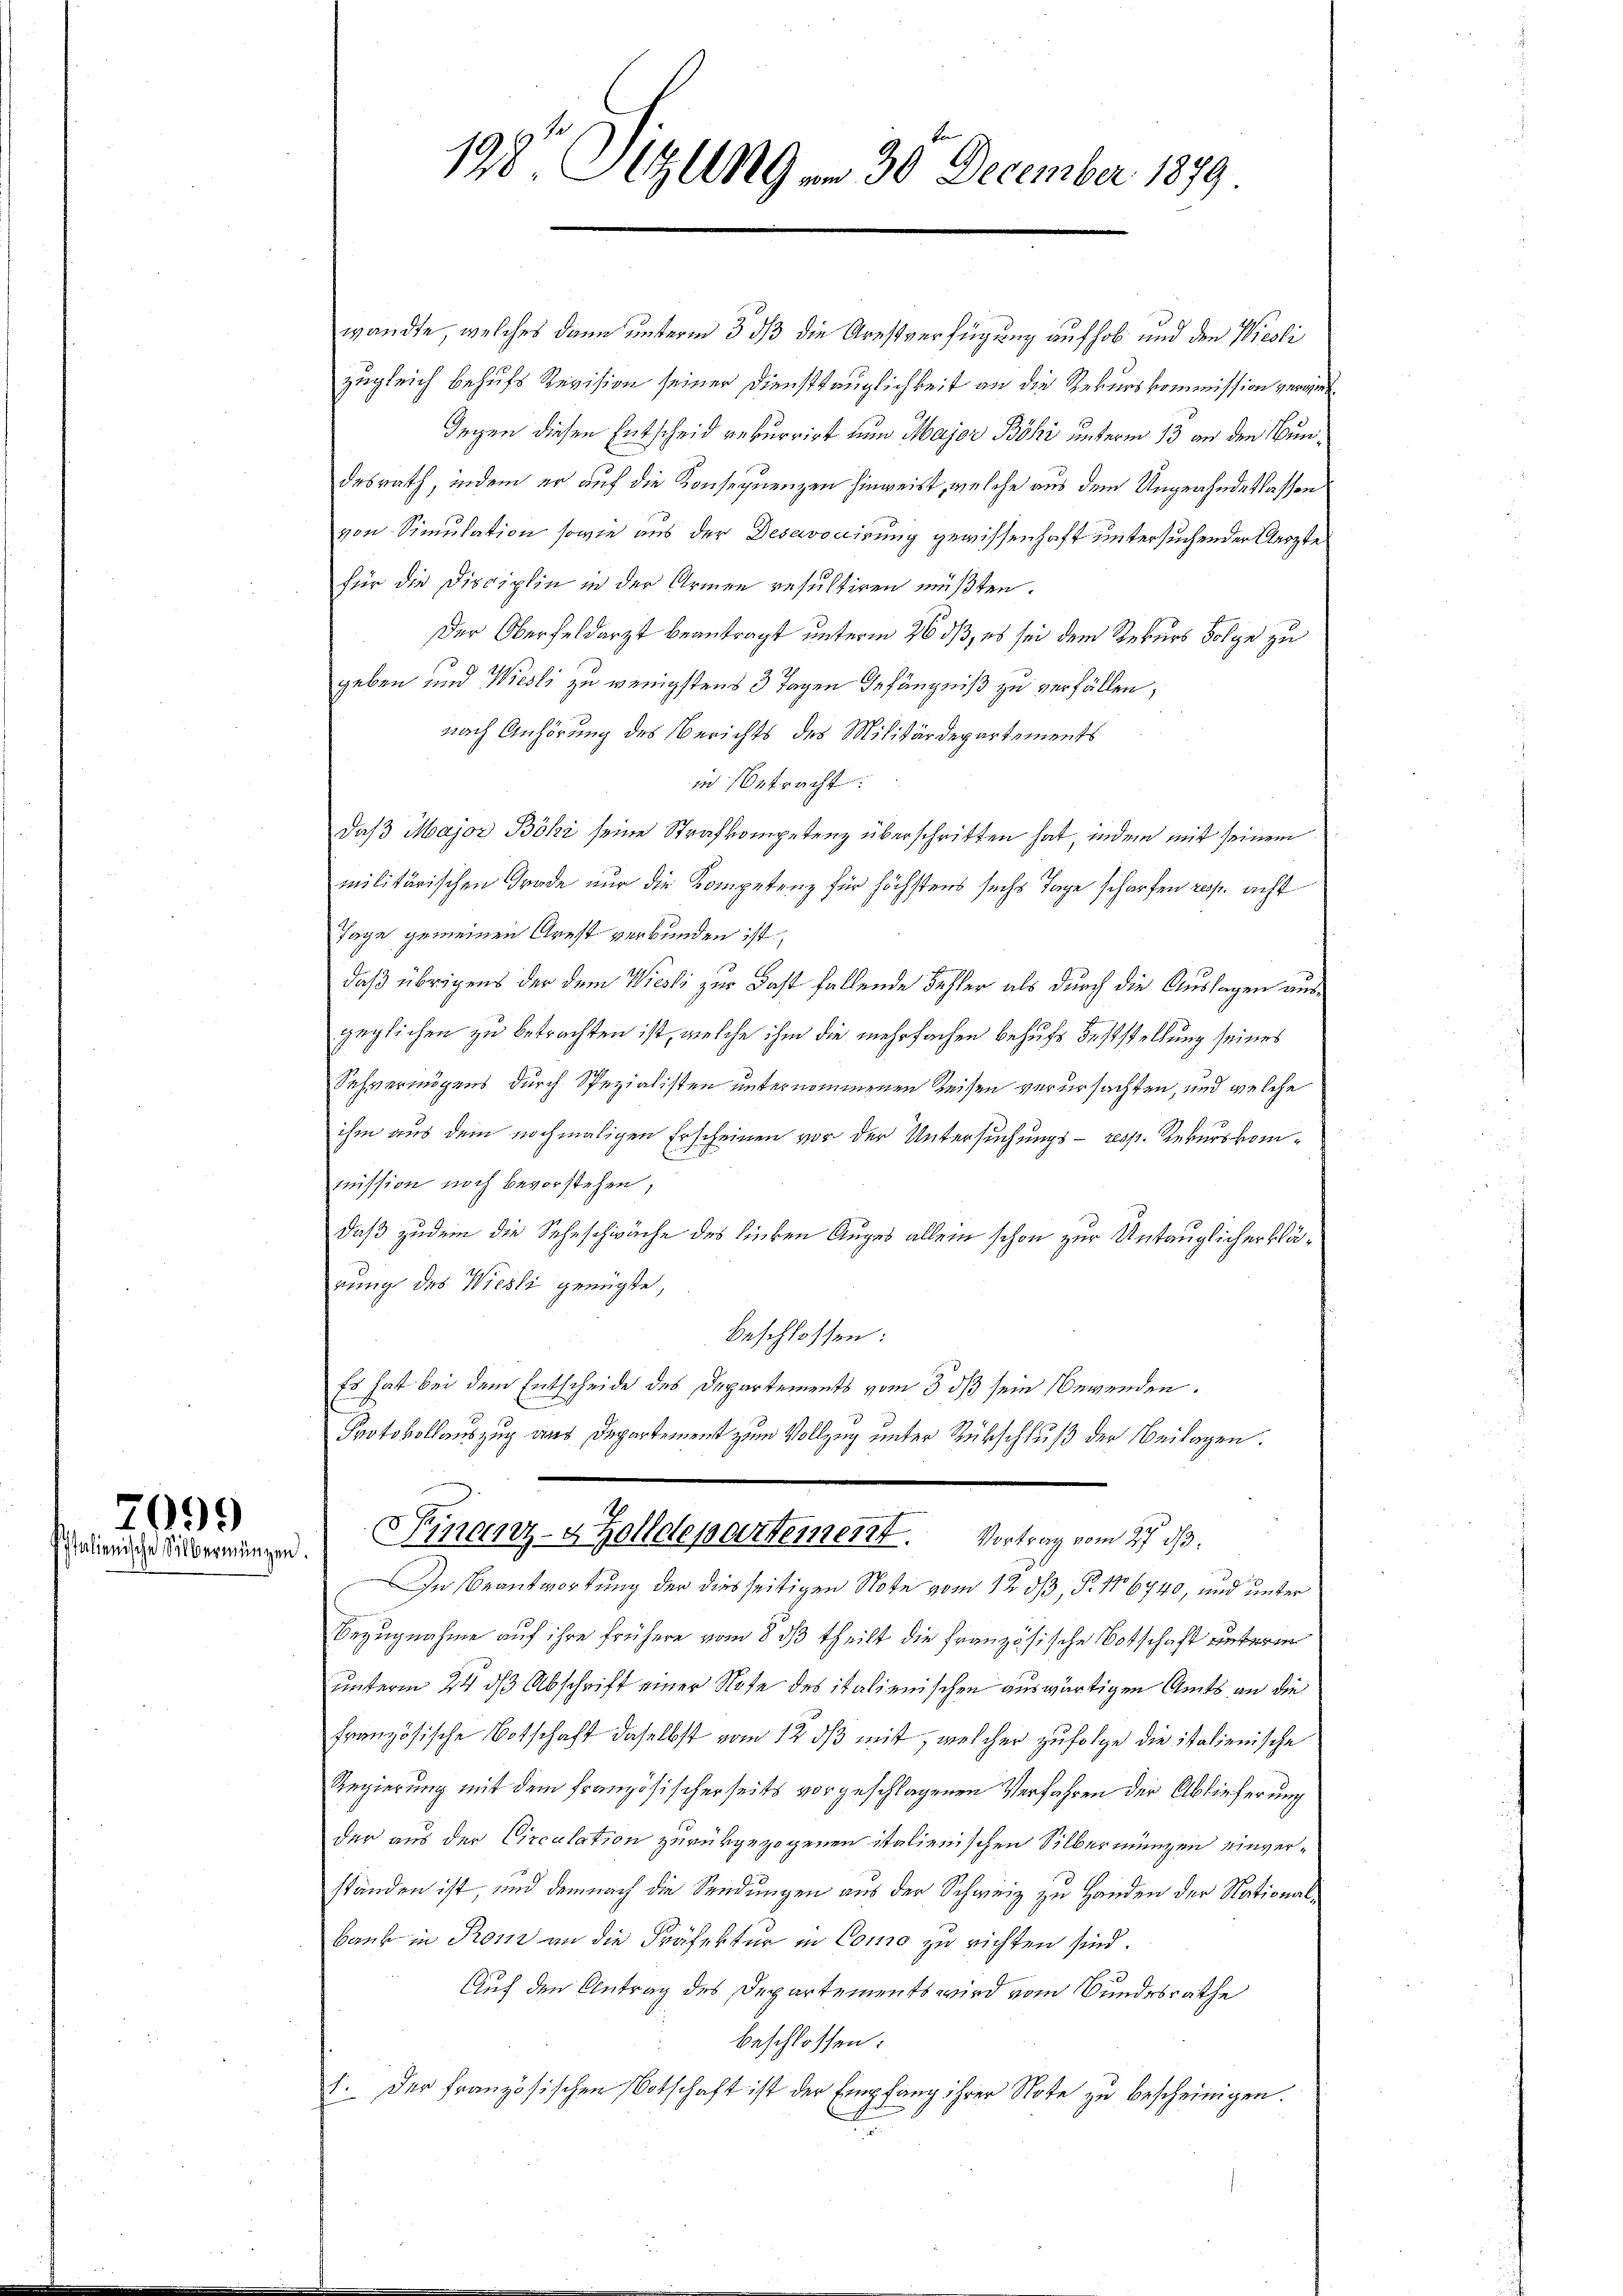
7099
Italienische Silbermängen.

198 Pizlm9 am 30. December 1879

wandte, welches dann unterm 3 dß die Arestverfügung auf hob und den Wiesli
zugleich behufs Revision seiner Diensttauglichkeit an die Rekurskommission verwie¬
Gegen diesen Entscheid rekurrirt zum Major Böhi unterm 13 an den Bundesrath, indem er auf die Konsequenzen hinweist, welche aus dem Ungeahndetlassen
von Simulation sowie aus der Desavocirung gewissenhaft untersuchender Aerzte
für die Disciplin in der Armen resultiren müßten.
Der Oberfeldarzt beantragt unterm 26. ds, es sei dem Rekurs Folge zu
geben und Wiesli zu wenigstens 3 Tagen Gefängniß zu verfällen,
nach Anhörung des Berichts des Militärdepartements
in betracht:
daß Major Böhi seine Strafkompetenz überschritten hat, indem mit seinem
militärischen Grade nur die Kompetenz für höchstens sechs Tage scharfen resp. acht
Tage gemeinen Arnst verbunden ist,
daß übrigens der dem Wiesli zur Fast fallende Fehler als durch die Auslagen ausgeglichen zu betrachten ist, welche ihm die mehrfachen behufs Feststellung seines
Schvermögens durch Spezialisten unternommenen Reisen verursachten, und welche
ihm aus dem nochmaligen Erscheinen vor der Untersuchungs- resp. Rekurskommission noch bevorstehen,
daß zudem die Sehnschwäche des linken Auges allein schon zur Untauglicher klärung des Wiesli genügte,
beschlossen:
Es hat bei dem Entscheide des Departements vom 3. ds sein Bewenden.
Protokollauszug aus Departement zum Vollzug unter Rückschluß der Beilagen.
n
Finanz- & Zolldepartement. Vortrag vom 27. ds.
In Beantwortung der dies seitigen Note vom 12 dß, P. No 6740, und unter
Bezugnahme auf ihre frühere vom 8. dß theilt die französische Botschaft unterm
unterm 24. ds Abschrift einer Note des italienischen auswärtigen Amts an die
französische Botschaft daselbst vom 12 ds mit, welcher zufolge die italienische
Regierung mit dem französischerseits vorgeschlagenen Verfahren der Ablieferung
der aus der Circulation zurückgezogenen italienischen Silbermünzen einverständen ist, und demnach die Sendungen aus der Schweiz zu Handen der National¬
Bank in Prom an die Präfektur in Como zu richten sind.
Auf den Antrag des Departements wird vom Bundesrathe
beschlossen:
I. Der französischen Botschaft ist der Empfang ihrer Note zu bescheinigen.